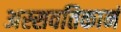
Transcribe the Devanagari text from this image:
अस्सवतिकानं